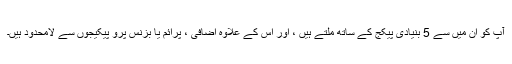
آپ کو ان میں سے 5 بنیادی پیکج کے ساتھ ملتے ہیں ، اور اس کے علاوہ اضافی ، پرائم یا بزنس پرو پیکیجوں سے لامحدود ہیں۔